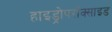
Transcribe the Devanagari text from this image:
हाइड्रोपरॉक्साइड